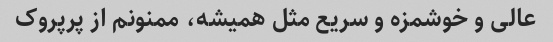
عالی و خوشمزه و سریع مثل همیشه، ممنونم از پرپروک